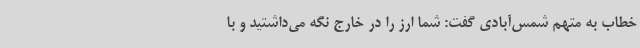
خطاب به متهم شمس‌آبادی گفت: شما ارز را در خارج نگه می‌داشتید و با